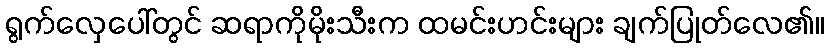
ရွက်လှေပေါ်တွင် ဆရာကိုမိုးသီးက ထမင်းဟင်းများ ချက်ပြုတ်လေ၏။